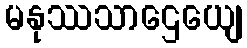
မနုဿသာဌေယျေ